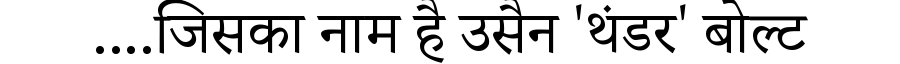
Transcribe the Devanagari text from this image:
....जिसका नाम है उसैन 'थंडर' बोल्ट